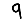
Digit: 9